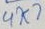
Text: 4K7